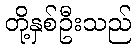
တို့နှစ်ဦးသည်